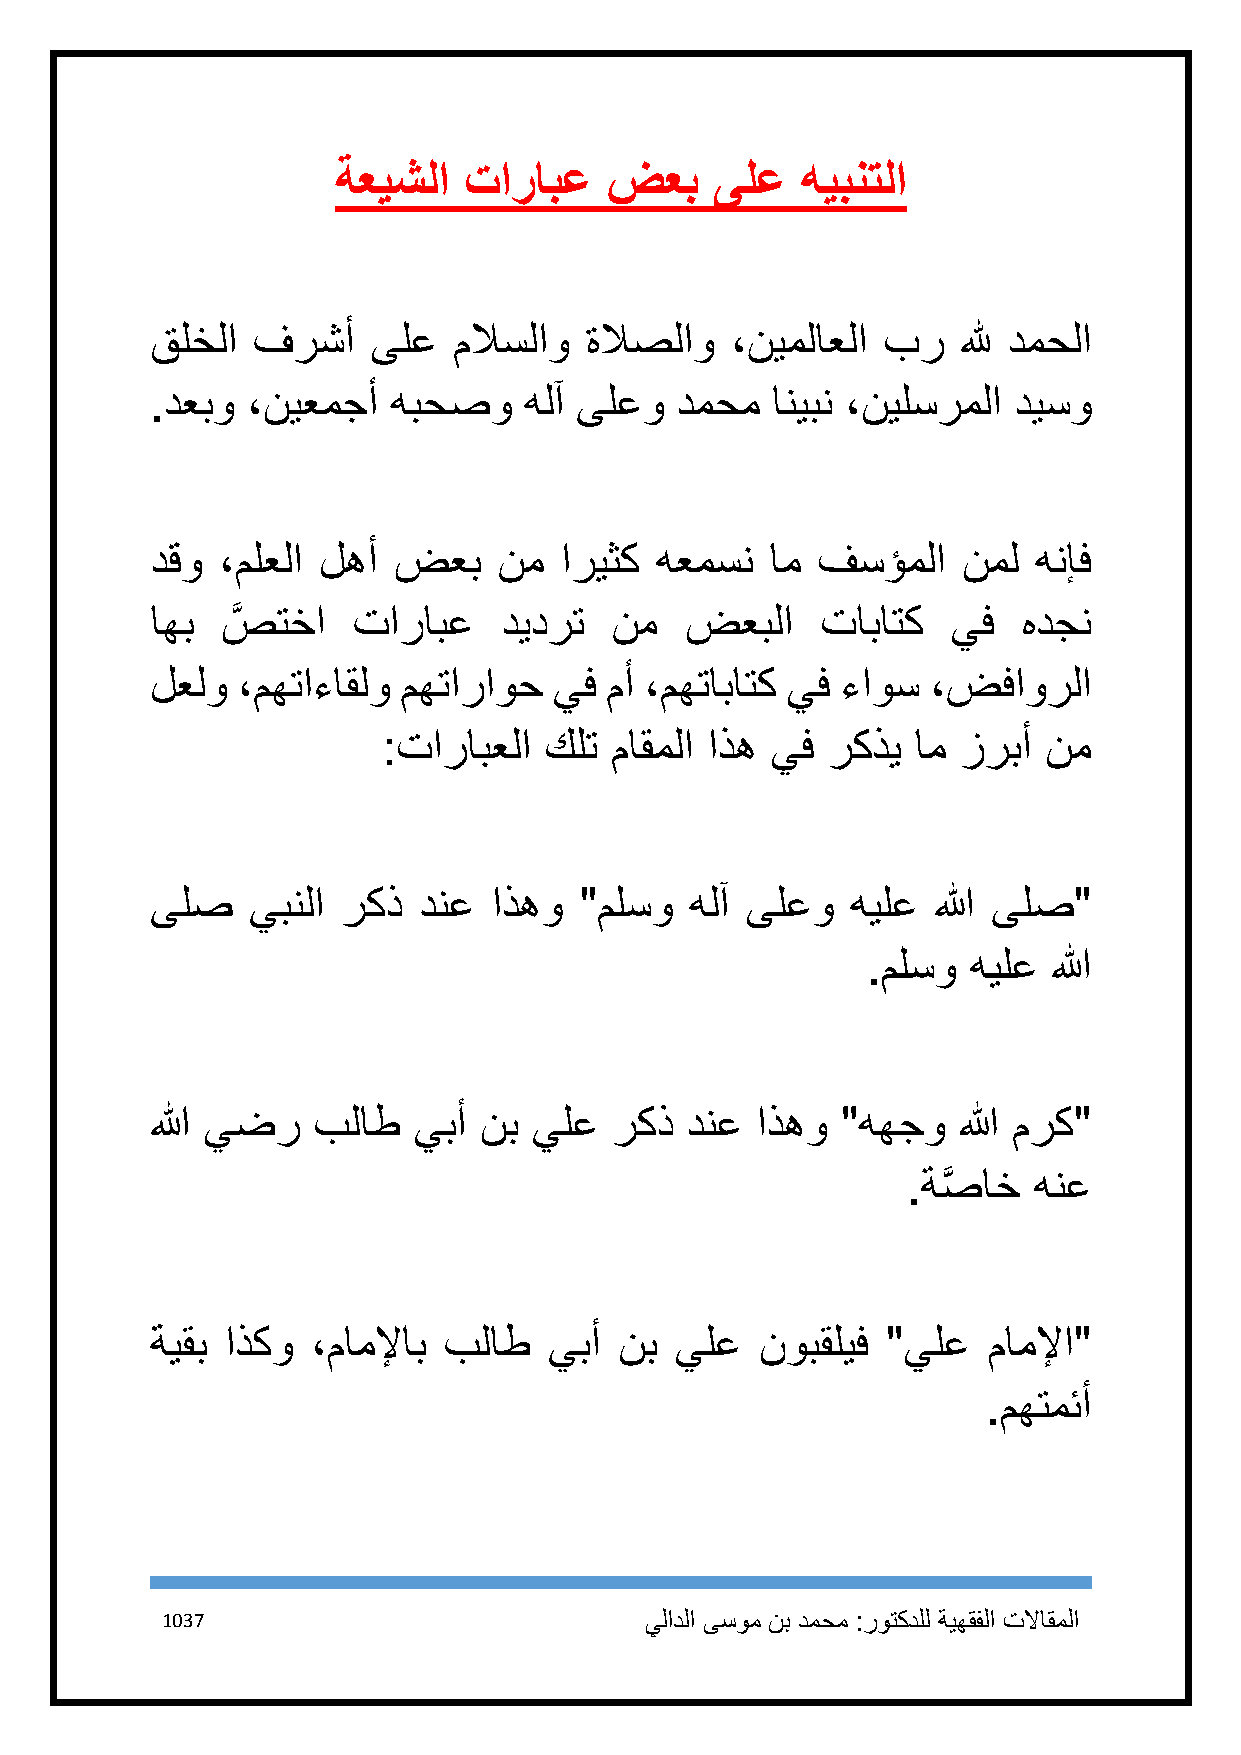
ةعيشلا   تارابع   ضعب    ىلع   هيبنتلا
 قلخلا  فرشأ    ىلع  ملاسلاو  ةلاصلاو  ،نيملاعلا بر    لله دمحلا
 .دعبو ،نيعمجأ   هبحصو    هلآ ىلعو  دمحم  انيبن ،نيلسرملا ديسو
 دقو ،ملعلا لهأ  ضعب    نم  اريثك هعمسن   ام فسؤملا    نمل  هنإف
 اهب  صَّ تخا تارابع    ديدرت  نم   ضعبلا    تاباتك   يف   هدجن
 لعلو  ،مهتاءاقلو مهتاراوح  يف مأ ،مهتاباتك يف ءاوس  ،ضفاورلا
 :تارابعلا  كلت ماقملا اذه يف  ركذي  ام زربأ نم
 ىلص    يبنلا ركذ  دنع  اذهو "ملسو   هلآ ىلعو  هيلع  الله ىلص"
 .ملسو  هيلع  الله
 الله يضر   بلاط  يبأ  نب يلع  ركذ  دنع  اذهو  "ههجو  الله مرك"
 .ةصَّ اخ هنع
 ةيقب اذكو  ،ماملإاب بلاط  يبأ  نب  يلع  نوبقليف  "يلع  ماملإا"
 .مهتمئأ
 1137                            يلادلا ىسوم نب دمحم :روتكدلل ةيهقفلا تلااقملا